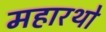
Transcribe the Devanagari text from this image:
महारथो